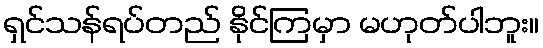
ရှင်သန်ရပ်တည် နိုင်ကြမှာ မဟုတ်ပါဘူး။